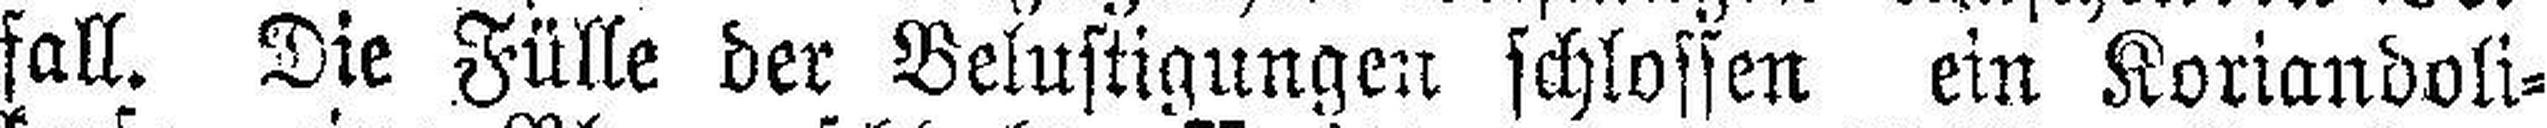
fall. Die Fülle der Belustigungen schlossen ein Koriandoli¬